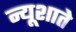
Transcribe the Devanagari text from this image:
न्यूशाते